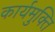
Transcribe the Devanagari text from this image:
कार्यमुक्ति